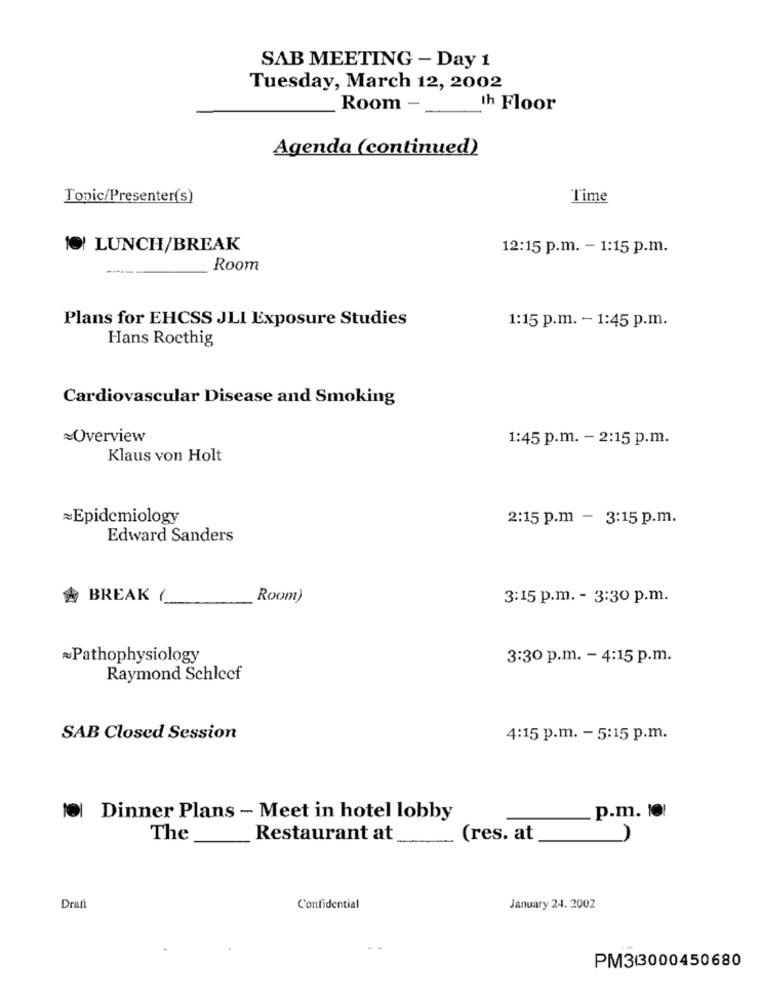
SAB MEETING - Day 1
Tuesday, March 12, 2002
Room -
th Floor
Agenda (continued)
Topic/Presenter(s)
Time
10 LUNCH/BREAK
12:15 p.m. - 1:15 p.m.
---
Room
Plans for EHCSS JLI Exposure Studies
1:15 p.m. - 1:45 p.m.
Hans Rocthig
Cardiovascular Disease and Smoking
~Overview
1:45 p.m. - 2:15 p.m.
Klaus von Holt
=Epidemiology
2:15 p.m - 3:15 p.m.
Edward Sanders
A BREAK
Room)
3:15 p.m. - 3:30 p.m.
~Pathophysiology
3:30 p.m. - 4:15 p.m.
Raymond Schlecf
SAB Closed Session
4:15 p.m. - 5:15 p.m.
Dinner Plans - Meet in hotel lobby
p.m. 101
The
Restaurant at
(res. at
Dratt
Confidential
January 24. 2002
PM3/3000450680